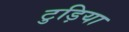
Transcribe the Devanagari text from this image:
टुड़िया